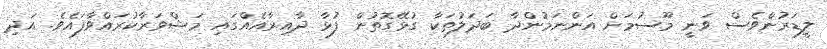
ލީޑަރުންވެސް ވަނީ މޫސުމަށް އަންނަމުންދާ ބަދަލުތަކާ ގުޅޭގޮތުން ފުޅާ ދާއިރާއެއްގައި މަޝްވަރާކުރައްވާފައެވެ. އަދި